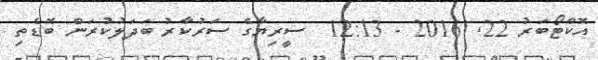
އޮކްޓޯބަރު 22